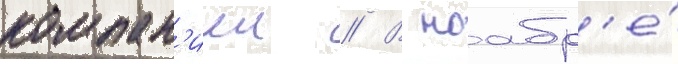
компан'иеи // В ноабр'е́